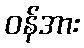
ဝန်အား